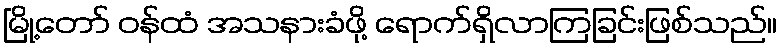
မြို့တော် ဝန်ထံ အသနားခံဖို့ ရောက်ရှိလာကြခြင်းဖြစ်သည်။